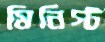
মিনিস্ট